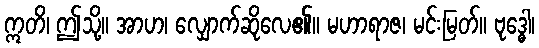
ဣတိ၊ ဤသို့။ အာဟ၊ လျှောက်ဆိုလေ၏။ မဟာရာဇ၊ မင်းမြတ်။ ဗုဒ္ဓေါ၊